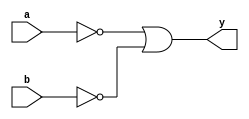
module XOR_gate (
    input a,
    input b,
    output y
);

wire not_a, not_b;

assign not_a = ~a;
assign not_b = ~b;

assign y = not_a | not_b;

endmodule